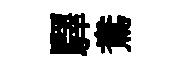
驛鴦